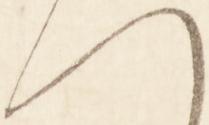
へ